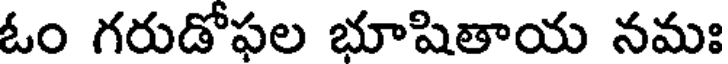
ఓం గరుడోఫల భూషితాయ నమః